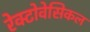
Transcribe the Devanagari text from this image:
रेक्टोवेसिकल